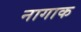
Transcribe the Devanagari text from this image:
नागाक